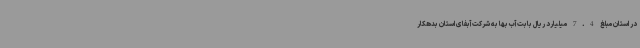
در استان مبلغ 7.4 میلیارد ریال بابت آب بها به شرکت آبفای استان بدهکار